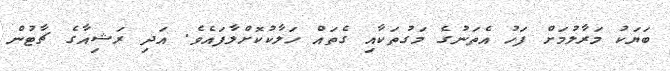
ބަޔަކު މަރާލުމަށް ފަހު އެތަނުގެ މަގުތަކާއި ގެތައް ހަލާކުކޮށްލާފައެވެ. އަދި ރަޝިއާގެ ޗާޓުން